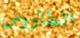
الطاووس